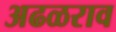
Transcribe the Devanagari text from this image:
अढळराव